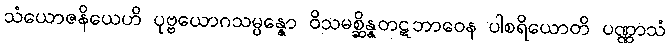
သံယောဇနိယေဟိ ပုဗ္ဗယောဂသမ္ပန္နော ဝိသမစ္ဆိန္နတဋဘာဝေန ပါစရိယောတိ ပဏ္ဏာသံ